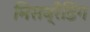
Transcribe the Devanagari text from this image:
मिसब्रैंडिंग